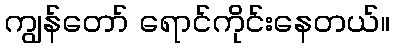
ကျွန်တော် ရောင်ကိုင်းနေတယ်။